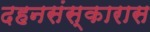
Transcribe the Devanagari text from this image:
दहनसंस्कारास